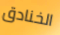
الخنادق